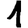
Digit: 1